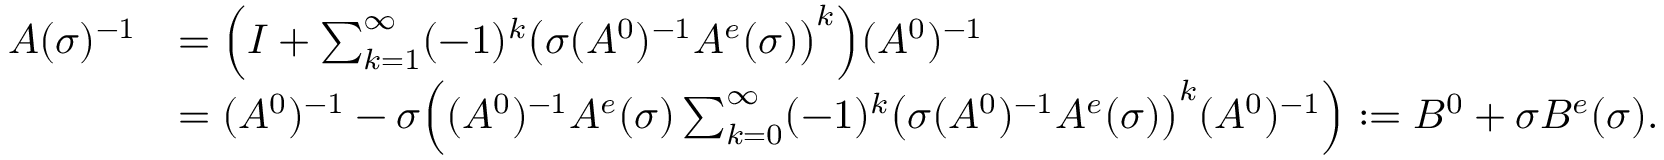
\begin{array} { r l } { A ( \sigma ) ^ { - 1 } } & { = \Big ( I + \sum _ { k = 1 } ^ { \infty } ( - 1 ) ^ { k } \big ( \sigma ( A ^ { 0 } ) ^ { - 1 } A ^ { e } ( \sigma ) \big ) ^ { k } \Big ) ( A ^ { 0 } ) ^ { - 1 } } \\ & { = ( A ^ { 0 } ) ^ { - 1 } - \sigma \Big ( ( A ^ { 0 } ) ^ { - 1 } A ^ { e } ( \sigma ) \sum _ { k = 0 } ^ { \infty } ( - 1 ) ^ { k } \big ( \sigma ( A ^ { 0 } ) ^ { - 1 } A ^ { e } ( \sigma ) \big ) ^ { k } ( A ^ { 0 } ) ^ { - 1 } \Big ) : = B ^ { 0 } + \sigma B ^ { e } ( \sigma ) . } \end{array}